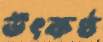
উৎকণ্ঠ